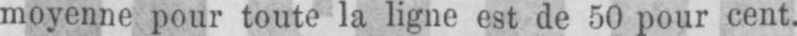
moyenne pour toute la ligne est de 50 pour cent.